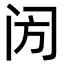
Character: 𨸂